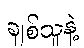
ချစ်သူနဲ့